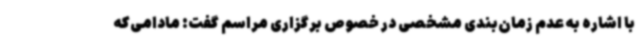
با اشاره به عدم زمان‌بندی مشخصی در خصوص برگزاری مراسم گفت: مادامی‌که